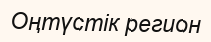
Оңтүстік регион